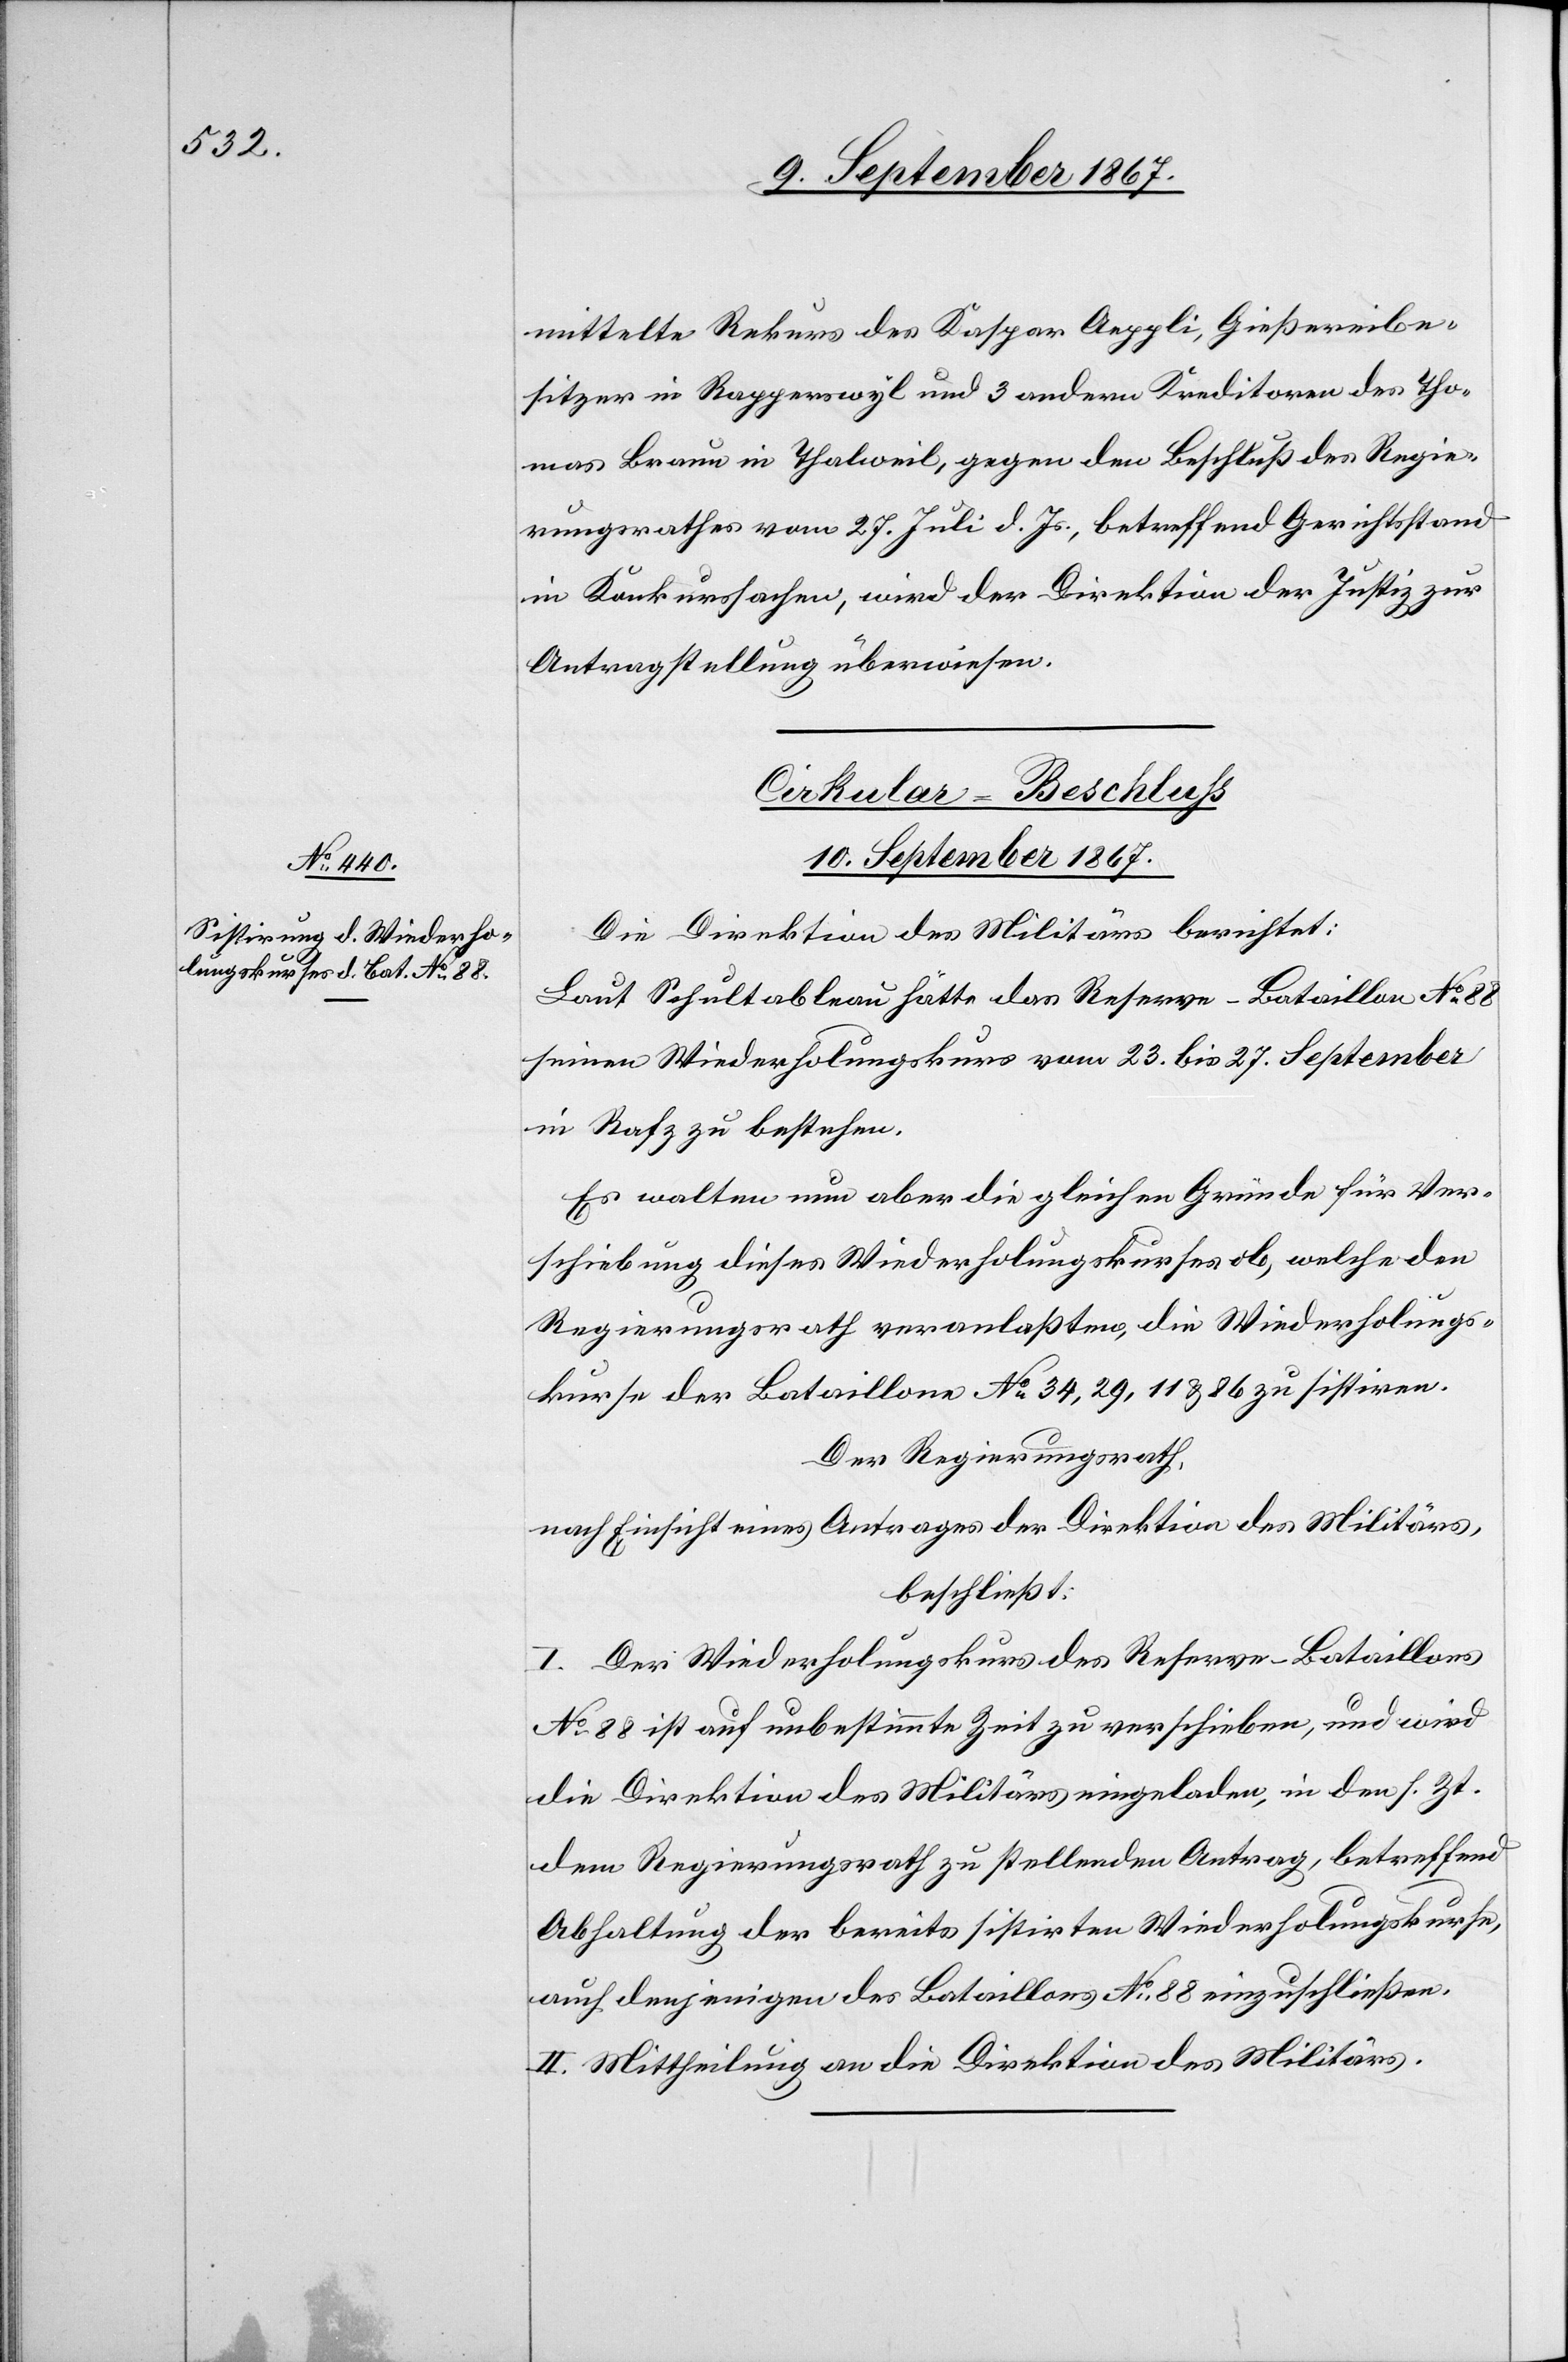
mittelte Rekurs des Kaspar Aeppli, Gießereibe¬
sitzer in Rapperswyl und 3 andern Kreditoren des Tho¬
mas Braun in Thalweil, gegen den Beschluß des Regie¬
rungsrathes vom 27. Juli d. Js., betreffend Gerichtsstand
in Konkurssachen, wird der Direktion der Justiz zur
Antragstellung überwiesen.
Cirkular-Beschluß.
10. September 1867.
Die Direktion des Militärs berichtet:
Laut Schultableau hätte das Reserve-Bataillon No. 88
seinen Wiederholungskurs vom 23. bis 27. September
in Rafz zu bestehen.
Es walten nun aber die gleichen Gründe für Ver¬
schiebung dieses Wiederholungskurses ob, welche den
Regierungsrath veranlaßten, die Wiederholungs¬
kurse der Bataillone No. 34, 39, 11 u. 86 zu sistiren.
Der Regierungsrath,
nach Einsicht eines Antrages der Direktion des Militärs,
beschließt:
I. Der Wiederholungskurs des Reserve-Bataillons
No. 88 ist auf unbestimmte Zeit zu verschieben, und wird
die Direktion des Militärs eingeladen, in den s. Zt.
dem Regierungsrath zu stellenden Antrag, betreffend
Abhaltung der bereits sistirten Wiederholungskurse,
auch denjenigen des Bataillons No. 88 einzuschließen.
II. Mittheilung an die Direktion des Militärs.